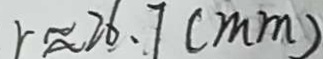
r \approx 2 6 . 7 ( m m )